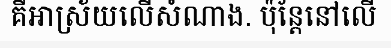
គឺអាស្រ័យលើសំណាង. ប៉ុន្តែនៅលើ